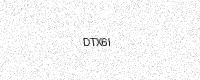
Text: DTX6I